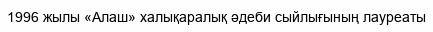
1996 жылы «Алаш» халықаралық әдеби сыйлығының лауреаты